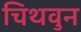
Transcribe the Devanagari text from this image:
चिथवुन